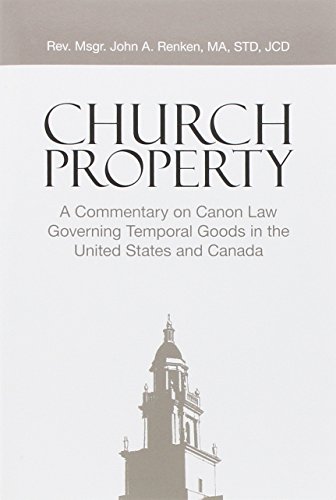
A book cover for Church Property: A Commentary on Canon Law Governing Temporal Goods in the United States and Canada; John Anthony Renken; Christian Books & Bibles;